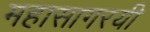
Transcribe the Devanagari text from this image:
महासागरयी